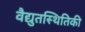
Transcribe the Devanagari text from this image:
वैद्युतस्थितिकी